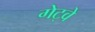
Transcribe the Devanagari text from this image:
गेट्वे